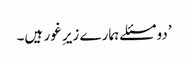
’دو مسئلے ہمارے زیرِ غور ہیں۔